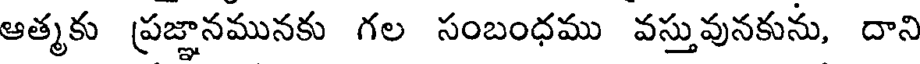
ఆత్మకు ప్రజ్ఞానమునకు గల సంబంధము వస్తువునకును, దాని